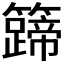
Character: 𬖀